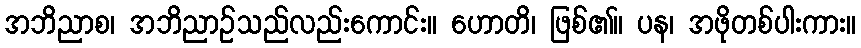
အဘိညာစ၊ အဘိညာဉ်သည်လည်းကောင်း။ ဟောတိ၊ ဖြစ်၏။ ပန၊ အဖိုတစ်ပါးကား။